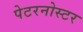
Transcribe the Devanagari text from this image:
पेटरनोस्टर